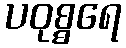
ပဝုစ္စရေ